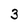
Character: 3